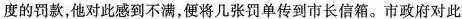
度的罚款，他对此感到不满，便将几张罚单传到市长信箱。市政府对此